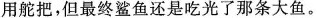
用舵把，但最终鲨鱼还是吃光了那条大鱼。